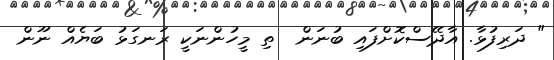
" ދަރިފުޅާ. އާދޭސްކޮށްފައި ބުނަން  ތި މީހުންނަކީ ރަނގަޅު ބަޔެއް ނޫން